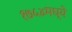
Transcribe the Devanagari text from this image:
१७५४मध्ये